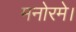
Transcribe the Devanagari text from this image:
मनोरमे।